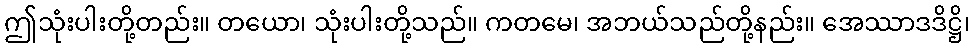
ဤသုံးပါးတို့တည်း။ တယော၊ သုံးပါးတို့သည်။ ကတမေ၊ အဘယ်သည်တို့နည်း။ အေဿာဒဒိဋ္ဌိ၊